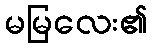
မမြလေး၏